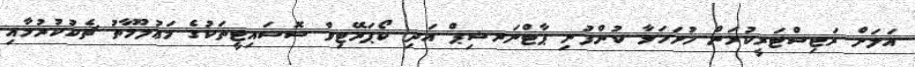
އަލަށް ރަޖިސްޓަރީކުރަން ހުށަހަޅާ ކުންފުނި ޕާޓްނަރޝިޕް އަދި ކޯޕަރޭޓިވް ސޮސައިޓީތަކުގެ މަޢުލޫމާތު ޗެކުކުރުމާއި